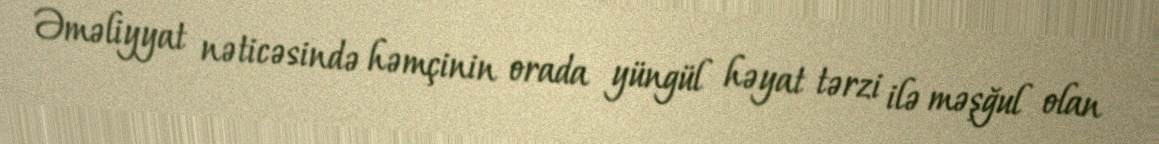
Əməliyyat nəticəsində həmçinin orada yüngül həyat tərzi ilə məşğul olan